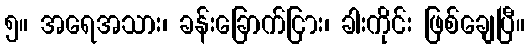
၅။ အရေအသား၊ ခန်းခြောက်ငြား၊ ခါးကိုင်း ဖြစ်ချေပြီ။